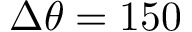
\Delta \theta = 1 5 0